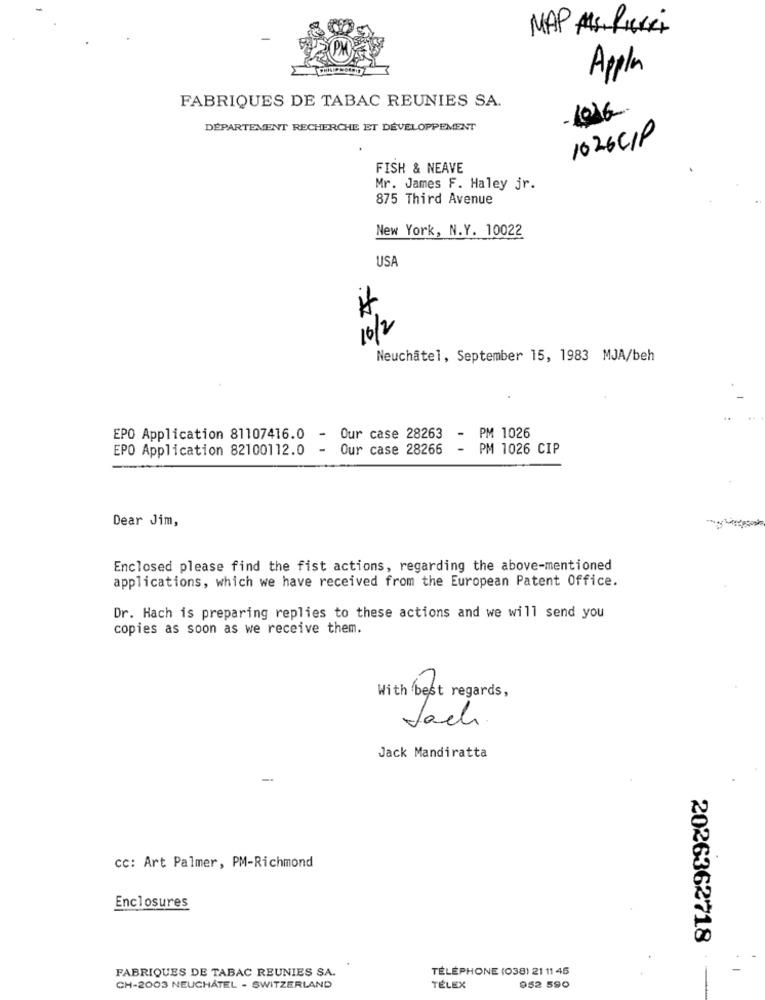
MAP AS PierRi
Apple
FABRIQUES DE TABAC REUNIES SA.
DÉPARTEMENT RECHERCHE ET DÉVELOPPEMENT
1026CIP
FISH & NEAVE
Mr. James F. Haley jr.
875 Third Avenue
New York, N.Y. 10022
USA
10/2
Neuchâtel, September 15, 1983 MJA/beh
EPO Application 81107416.0
Our case 28263
PM 1026
EPO Application 82100112.0
Our case 28266
-
PM 1026 CIP
Dear Jim,
Enclosed please find the fist actions, regarding the above-mentioned
applications, which we have received from the European Patent Office.
Dr. Hach is preparing replies to these actions and we will send you
copies as soon as we receive them.
With best regards,
Jach
Jack Mandiratta
cc: Art Palmer, PM-Richmond
Enclosures
2026362718
FABRIQUES DE TABAC REUNIES SA.
TÉLÉPHONE (038) 21 11 45
CH-2003 NEUCHÂTEL - SWITZERLAND
TÉLEX
952 590